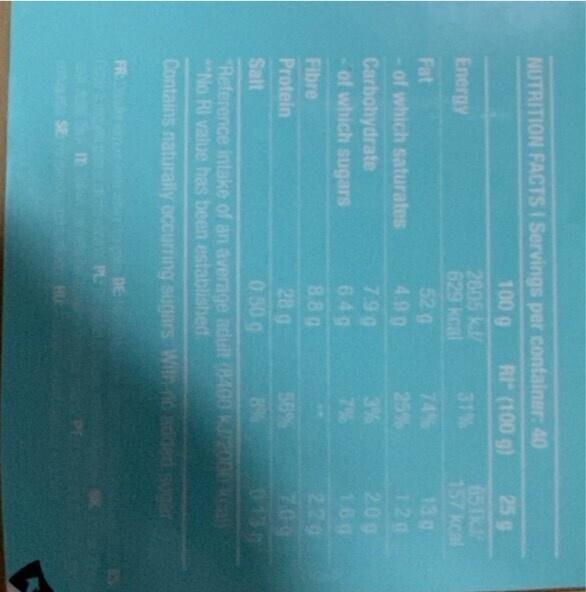
NUTRITION FACTS I Servings per container: 40
RI* (100 g)
Energy
Fat
of which saturates
Carbohydrate
- of which sugars
Fibre
Protein
Salt
FR:
SE
100 g
2605 kJ/
629 kcal
IT
52 g
4.99
7.90
64g
8,8 g
28 g
0.50 g
74%
25%
By DE
PL:
7%
56%
8%
25 g
"Reference intake of an average adult (8400 kJ/2000 kcal) **No RI value has been established.
Contains naturally occurring sugars With no added sugar
651k
157 kcal
13 g
120
2.00
1.60
220
709